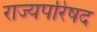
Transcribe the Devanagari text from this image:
राज्यपरिषद